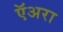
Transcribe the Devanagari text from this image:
ऍअरा